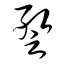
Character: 蹔